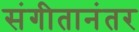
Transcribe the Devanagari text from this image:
संगीतानंतर